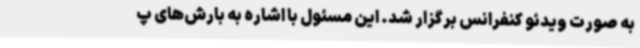
به صورت ویدئو کنفرانس برگزار شد. این مسئول با اشاره به بارش‌های پ